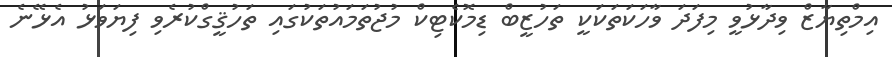
އިމްތިޔާޒް ވިދާޅުވީ މިފަދަ ވާހަކަތަކަކީ ތަހުޒީބް ޑިމޮކެޓިކް މުޖުތަމައުތަކުގައި ތަހުޤީގްކުރެވި ފިޔަވަޅު އެޅޭނެ